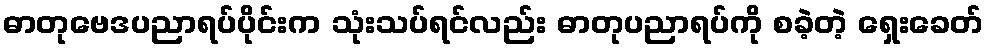
ဓာတုဗေဒပညာရပ်ပိုင်းက သုံးသပ်ရင်လည်း ဓာတုပညာရပ်ကို စခဲ့တဲ့ ရှေးခေတ်